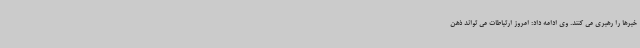
خبرها را رهبری می کنند. وی ادامه داد: امروز ارتباطات می تواند ذهن